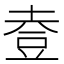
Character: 𧯣